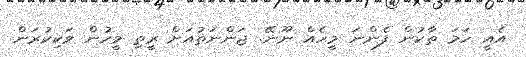
އެއީ ހަމަ ތާކުން ފެންނަ މީހެއް ނޫނޭ. ޖަންނަތުއަށް ރީތި މީހުން ވަކިކުރަން